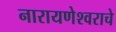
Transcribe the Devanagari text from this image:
नारायणेश्वराचे